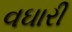
વઘારી